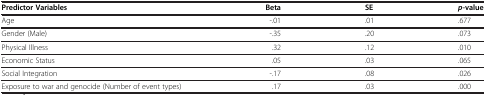
<table><thead><tr><td><b>Predictor Variables</b></td><td><b>Beta</b></td><td><b>SE</b></td><td><b><i>p</i>-value</b></td></tr></thead><tbody><tr><td>Age</td><td>-.01</td><td>.01</td><td>.677</td></tr><tr><td>Gender (Male)</td><td>-.35</td><td>.20</td><td>.073</td></tr><tr><td>Physical Illness</td><td>.32</td><td>.12</td><td>.010</td></tr><tr><td>Economic Status</td><td>.05</td><td>.03</td><td>.065</td></tr><tr><td>Social Integration</td><td>-.17</td><td>.08</td><td>.026</td></tr><tr><td>Exposure to war and genocide (Number of event types)</td><td>.17</td><td>.03</td><td>.000</td></tr></tbody></table>